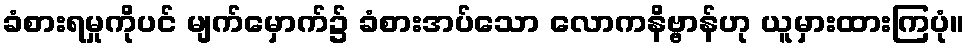
ခံစားရမှုကိုပင် မျက်မှောက်၌ ခံစားအပ်သော လောကနိဗ္ဗာန်ဟု ယူမှားထားကြပုံ။